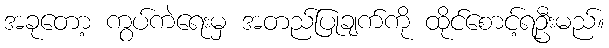
အခုတော့ ကွပ်ကဲရေးမှ အတည်ပြုချက်ကို ထိုင်စောင့်ရဦးမည်။